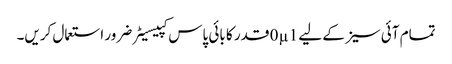
تمام آئی سیز کے لیے 0µ1 قدر کا بائی پاس کپیسیٹر ضرور استعمال کریں۔